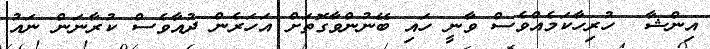
އިންޝާ  ހުރިހާކަމެއްވެސް ވާނީ ހައި ބޭނުންވާގޮތަށް އަހަރެން ދުއާވެސް ކުރާނަން ނައު